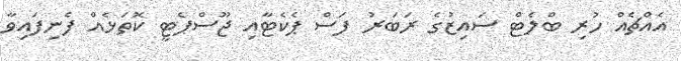
އެއްޗެއް ހުރި ބްލެޓް ސައިޒުގެ ރަބަރު ފަސް ޕެކެޓާއި ޖޫސްޕެޓީ ކޮތަޅެއް ފެނިފައިވާ